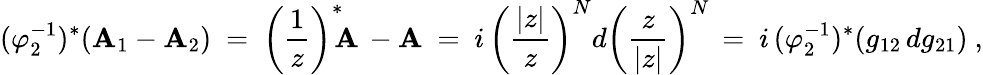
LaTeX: (\varphi_{2}^{-1})^{\ast}(\mathbf{A}_{1}-\mathbf{A}_{2})\ =\ \left(\frac{{1}}{{z}}\right)^{\ast}\! \! \mathbf{A}\, -\mathbf{A}\ =\ i\, \left(\frac{{|z|}}{{z}}\right)^{N}d\left(\frac{{z}}{{|z|}}\right)^{N}\, =\ i\, (\varphi_{2}^{-1})^{\ast}(g_{12}\, dg_{21})\ ,